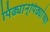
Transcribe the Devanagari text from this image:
पिढ्यान्‌पिढ्यांच्या